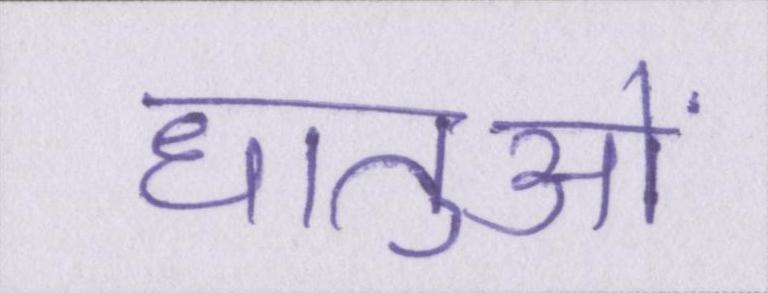
धातुओं